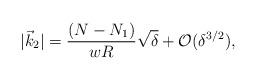
\begin{align*}|\vec{k}_{2}|={\frac{(N-N_{1})}{wR}}\sqrt{\delta }+{\mathcal{O}}(\delta^{3/2}), \end{align*}